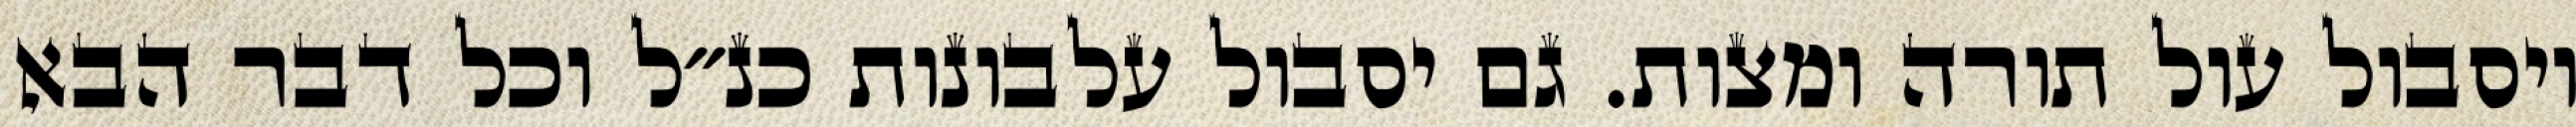
ויסבול עול תורה ומצות. גם יסבול עלבונות כנ״ל וכל דבר הבא